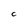
Character: C